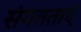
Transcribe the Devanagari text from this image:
संगतताएं